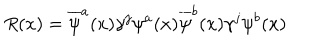
R ( x ) = \overline { { \psi } } ^ { a } ( x ) \gamma ^ { j } \psi ^ { a } ( x ) \overline { { \psi } } ^ { b } ( x ) \gamma ^ { j } \psi ^ { b } ( x )